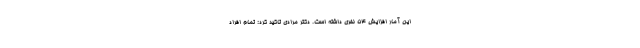
این آمار افزایش ۵۴ نفری داشته است. دکتر مرادی تاکید کرد: تمام افراد